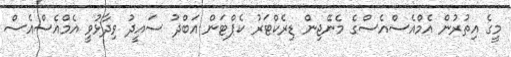
މީގެ އިތުރުން އެމްއެސްއެސްގެ މެނޭޖިން ޑިރެކްޓަރު ކެޕްޓަން އަބްދު ސައީދު ވިދާޅުވީ އެމްއެސްއެސް